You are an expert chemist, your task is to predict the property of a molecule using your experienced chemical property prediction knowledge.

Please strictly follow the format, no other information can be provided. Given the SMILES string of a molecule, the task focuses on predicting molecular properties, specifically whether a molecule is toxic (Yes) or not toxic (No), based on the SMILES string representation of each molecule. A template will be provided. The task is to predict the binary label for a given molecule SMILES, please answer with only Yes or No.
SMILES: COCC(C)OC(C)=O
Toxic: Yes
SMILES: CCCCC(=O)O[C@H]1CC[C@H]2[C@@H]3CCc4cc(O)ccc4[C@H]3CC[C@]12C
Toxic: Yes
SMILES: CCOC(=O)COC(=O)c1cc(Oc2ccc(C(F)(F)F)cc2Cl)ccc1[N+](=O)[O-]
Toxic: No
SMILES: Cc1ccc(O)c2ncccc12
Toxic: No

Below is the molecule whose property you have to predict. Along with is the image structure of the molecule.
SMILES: CC(CCC(=O)O)(c1ccc(O)cc1)c1ccc(O)cc1
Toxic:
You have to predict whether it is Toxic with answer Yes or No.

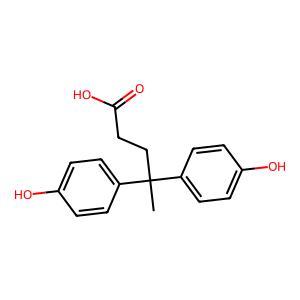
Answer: No